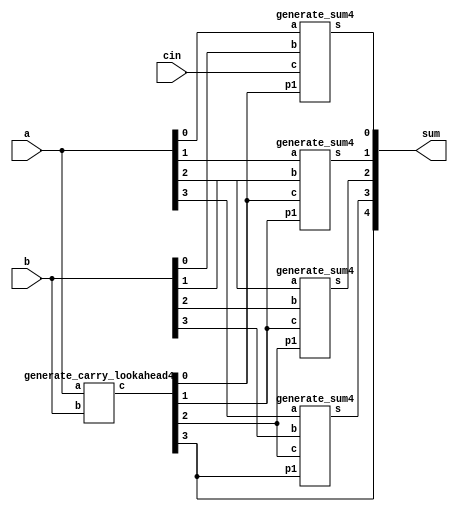
// Carry Lookahead Adder Module
module car_look(
  input [3:0] a,
  input [3:0] b,
  input cin,
  output [4:0] sum
);

  wire [3:0] c;

  // Generate carry lookahead signals
  generate_carry_lookahead4 cla(a, b, c);

  // Generate the sum bits
  generate_sum4 sgen1(a[0], b[0], cin, c[0], sum[0]);
  generate_sum4 sgen2(a[1], b[1], c[0], c[1], sum[1]);
  generate_sum4 sgen3(a[2], b[2], c[1], c[2], sum[2]);
  generate_sum4 sgen4(a[3], b[3], c[2], c[3], sum[3]);

  // Assign final carry-out
  assign sum[4] = c[3];

endmodule


// Generate Carry Lookahead Module
module generate_carry_lookahead4(
  input [3:0] a,
  input [3:0] b,
  output [3:0] c
);
  wire [3:0] g, p;

  // Generate and propagate signals
  genpropagate4 ppg1(a[0], b[0], p[0], g[0]);
  genpropagate4 ppg2(a[1], b[1], p[1], g[1]);
  genpropagate4 ppg3(a[2], b[2], p[2], g[2]);
  genpropagate4 ppg4(a[3], b[3], p[3], g[3]);

  // Carry generation equations
  assign c[0] = p[0] | (g[0] & c[0]);
  assign c[1] = p[1] | (g[1] & p[0]) | (g[1] & g[0] & c[0]);
  assign c[2] = p[2] | (g[2] & p[1]) | (g[2] & g[1] & p[0]) | (g[2] & g[1] & g[0] & c[0]);
  assign c[3] = p[3] | (g[3] & p[2]) | (g[3] & g[2] & p[1]) | (g[3] & g[2] & g[1] & p[0]) | (g[3] & g[2] & g[1] & g[0] & c[0]);

endmodule


// Generate and Propagate Module
module genpropagate4(
  input a,
  input b,
  output p,
  output g
);
  assign p = a | b;
  assign g = a & b;
endmodule


// Generate Sum Module
module generate_sum4(
  input a,
  input b,
  input c,
  input p1,
  output s
);
  assign s = a ^ b ^ c ^ (p1 & c);
endmodule